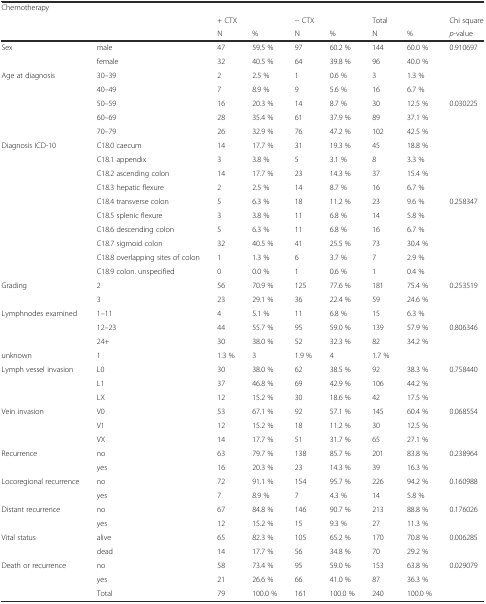
<table><thead><tr><td colspan="9"><b>Chemotherapy</b></td></tr><tr><td></td><td></td><td colspan="2"><b>+ CTX</b></td><td colspan="2"><b>− CTX</b></td><td colspan="2"><b>Total</b></td><td><b>Chi square</b></td></tr><tr><td></td><td></td><td><b>N</b></td><td><b>%</b></td><td><b>N</b></td><td><b>%</b></td><td><b>N</b></td><td><b>%</b></td><td><b><i>p</i>-value</b></td></tr></thead><tbody><tr><td>Sex</td><td>male</td><td>47</td><td>59.5 %</td><td>97</td><td>60.2 %</td><td>144</td><td>60.0 %</td><td>0.910697</td></tr><tr><td></td><td>female</td><td>32</td><td>40.5 %</td><td>64</td><td>39.8 %</td><td>96</td><td>40.0 %</td><td></td></tr><tr><td>Age at diagnosis</td><td>30–39</td><td>2</td><td>2.5 %</td><td>1</td><td>0.6 %</td><td>3</td><td>1.3 %</td><td></td></tr><tr><td></td><td>40–49</td><td>7</td><td>8.9 %</td><td>9</td><td>5.6 %</td><td>16</td><td>6.7 %</td><td></td></tr><tr><td></td><td>50–59</td><td>16</td><td>20.3 %</td><td>14</td><td>8.7 %</td><td>30</td><td>12.5 %</td><td>0.030225</td></tr><tr><td></td><td>60–69</td><td>28</td><td>35.4 %</td><td>61</td><td>37.9 %</td><td>89</td><td>37.1 %</td><td></td></tr><tr><td></td><td>70–79</td><td>26</td><td>32.9 %</td><td>76</td><td>47.2 %</td><td>102</td><td>42.5 %</td><td></td></tr><tr><td>Diagnosis ICD-10</td><td>C18.0 caecum</td><td>14</td><td>17.7 %</td><td>31</td><td>19.3 %</td><td>45</td><td>18.8 %</td><td></td></tr><tr><td></td><td>C18.1 appendix</td><td>3</td><td>3.8 %</td><td>5</td><td>3.1 %</td><td>8</td><td>3.3 %</td><td></td></tr><tr><td></td><td>C18.2 ascending colon</td><td>14</td><td>17.7 %</td><td>23</td><td>14.3 %</td><td>37</td><td>15.4 %</td><td></td></tr><tr><td></td><td>C18.3 hepatic flexure</td><td>2</td><td>2.5 %</td><td>14</td><td>8.7 %</td><td>16</td><td>6.7 %</td><td></td></tr><tr><td></td><td>C18.4 transverse colon</td><td>5</td><td>6.3 %</td><td>18</td><td>11.2 %</td><td>23</td><td>9.6 %</td><td>0.258347</td></tr><tr><td></td><td>C18.5 splenic flexure</td><td>3</td><td>3.8 %</td><td>11</td><td>6.8 %</td><td>14</td><td>5.8 %</td><td></td></tr><tr><td></td><td>C18.6 descending colon</td><td>5</td><td>6.3 %</td><td>11</td><td>6.8 %</td><td>16</td><td>6.7 %</td><td></td></tr><tr><td></td><td>C18.7 sigmoid colon</td><td>32</td><td>40.5 %</td><td>41</td><td>25.5 %</td><td>73</td><td>30.4 %</td><td></td></tr><tr><td></td><td>C18.8 overlapping sites of colon</td><td>1</td><td>1.3 %</td><td>6</td><td>3.7 %</td><td>7</td><td>2.9 %</td><td></td></tr><tr><td></td><td>C18.9 colon. unspecified</td><td>0</td><td>0.0 %</td><td>1</td><td>0.6 %</td><td>1</td><td>0.4 %</td><td></td></tr><tr><td>Grading</td><td>2</td><td>56</td><td>70.9 %</td><td>125</td><td>77.6 %</td><td>181</td><td>75.4 %</td><td>0.253519</td></tr><tr><td></td><td>3</td><td>23</td><td>29.1 %</td><td>36</td><td>22.4 %</td><td>59</td><td>24.6 %</td><td></td></tr><tr><td>Lymphnodes examined</td><td>1–11</td><td>4</td><td>5.1 %</td><td>11</td><td>6.8 %</td><td>15</td><td>6.3 %</td><td></td></tr><tr><td></td><td>12–23</td><td>44</td><td>55.7 %</td><td>95</td><td>59.0 %</td><td>139</td><td>57.9 %</td><td>0.806346</td></tr><tr><td></td><td>24+</td><td>30</td><td>38.0 %</td><td>52</td><td>32.3 %</td><td>82</td><td>34.2 %</td><td></td></tr><tr><td>unknown</td><td>1</td><td>1.3 %</td><td>3</td><td>1.9 %</td><td>4</td><td>1.7 %</td><td></td><td></td></tr><tr><td>Lymph vessel invasion</td><td>L0</td><td>30</td><td>38.0 %</td><td>62</td><td>38.5 %</td><td>92</td><td>38.3 %</td><td>0.758440</td></tr><tr><td></td><td>L1</td><td>37</td><td>46.8 %</td><td>69</td><td>42.9 %</td><td>106</td><td>44.2 %</td><td></td></tr><tr><td></td><td>LX</td><td>12</td><td>15.2 %</td><td>30</td><td>18.6 %</td><td>42</td><td>17.5 %</td><td></td></tr><tr><td>Vein invasion</td><td>V0</td><td>53</td><td>67.1 %</td><td>92</td><td>57.1 %</td><td>145</td><td>60.4 %</td><td>0.068554</td></tr><tr><td></td><td>V1</td><td>12</td><td>15.2 %</td><td>18</td><td>11.2 %</td><td>30</td><td>12.5 %</td><td></td></tr><tr><td></td><td>VX</td><td>14</td><td>17.7 %</td><td>51</td><td>31.7 %</td><td>65</td><td>27.1 %</td><td></td></tr><tr><td>Recurrence</td><td>no</td><td>63</td><td>79.7 %</td><td>138</td><td>85.7 %</td><td>201</td><td>83.8 %</td><td>0.238964</td></tr><tr><td></td><td>yes</td><td>16</td><td>20.3 %</td><td>23</td><td>14.3 %</td><td>39</td><td>16.3 %</td><td></td></tr><tr><td>Locoregional recurrence</td><td>no</td><td>72</td><td>91.1 %</td><td>154</td><td>95.7 %</td><td>226</td><td>94.2 %</td><td>0.160988</td></tr><tr><td></td><td>yes</td><td>7</td><td>8.9 %</td><td>7</td><td>4.3 %</td><td>14</td><td>5.8 %</td><td></td></tr><tr><td>Distant recurrence</td><td>no</td><td>67</td><td>84.8 %</td><td>146</td><td>90.7 %</td><td>213</td><td>88.8 %</td><td>0.176026</td></tr><tr><td></td><td>yes</td><td>12</td><td>15.2 %</td><td>15</td><td>9.3 %</td><td>27</td><td>11.3 %</td><td></td></tr><tr><td>Vital status</td><td>alive</td><td>65</td><td>82.3 %</td><td>105</td><td>65.2 %</td><td>170</td><td>70.8 %</td><td>0.006285</td></tr><tr><td></td><td>dead</td><td>14</td><td>17.7 %</td><td>56</td><td>34.8 %</td><td>70</td><td>29.2 %</td><td></td></tr><tr><td>Death or recurrence</td><td>no</td><td>58</td><td>73.4 %</td><td>95</td><td>59.0 %</td><td>153</td><td>63.8 %</td><td>0.029079</td></tr><tr><td></td><td>yes</td><td>21</td><td>26.6 %</td><td>66</td><td>41.0 %</td><td>87</td><td>36.3 %</td><td></td></tr><tr><td></td><td>Total</td><td>79</td><td>100.0 %</td><td>161</td><td>100.0 %</td><td>240</td><td>100.0 %</td><td></td></tr></tbody></table>